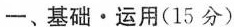
一、基础·运用(15分)